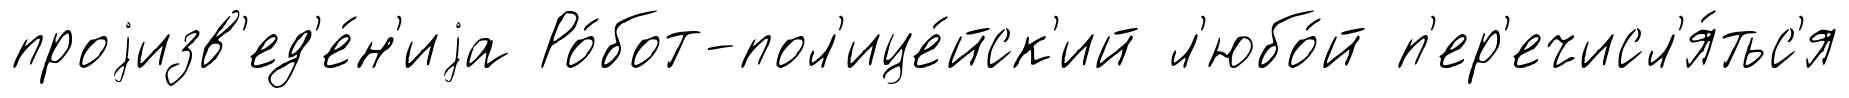
проjизв'ед'е́н'иjа Ро́бот-пол'ице́йск'ий л'юбо́й п'ер'ечисл'я́тьс'я